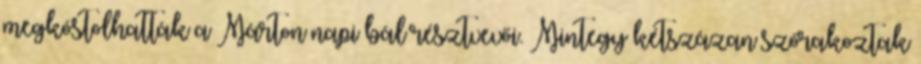
megkóstolhatták a Márton napi bál résztvevői. Mintegy kétszázan szórakoztak